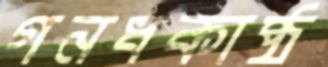
গনধকাষ্ঠ